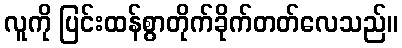
လူကို ပြင်းထန်စွာတိုက်ခိုက်တတ်လေသည်။